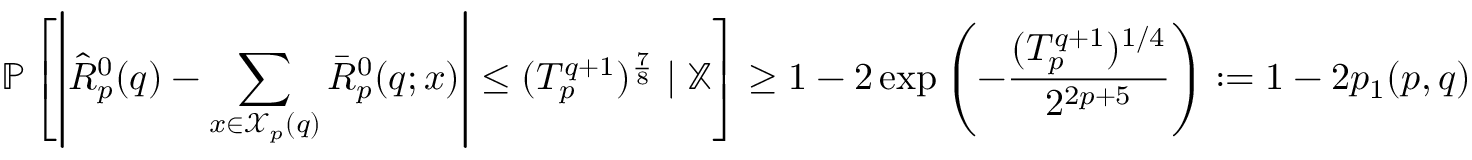
\mathbb { P } \left[ \left| \hat { R } _ { p } ^ { 0 } ( q ) - \sum _ { x \in \mathcal { X } _ { p } ( q ) } \bar { R } _ { p } ^ { 0 } ( q ; x ) \right| \leq ( T _ { p } ^ { q + 1 } ) ^ { \frac { 7 } { 8 } } \mid \mathbb { X } \right] \geq 1 - 2 \exp \left( - \frac { ( T _ { p } ^ { q + 1 } ) ^ { 1 / 4 } } { 2 ^ { 2 p + 5 } } \right) : = 1 - 2 p _ { 1 } ( p , q )